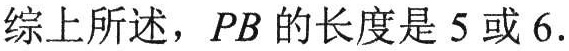
综上所述，\(PB\) 的长度是 \(5\) 或 \(6\).